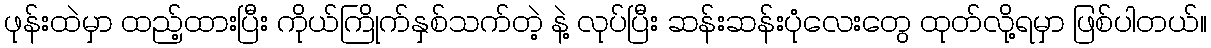
ဖုန်းထဲမှာ ထည့်ထားပြီး ကိုယ်ကြိုက်နှစ်သက်တဲ့ နဲ့ လုပ်ပြီး ဆန်းဆန်းပုံလေးတွေ ထုတ်လို့ရမှာ ဖြစ်ပါတယ်။